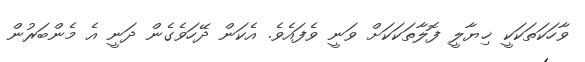
ވާހަކަތަކަކީ ޚިޔާލީ ފޮލާތަކަކަށް ވަނީ ވެފައެވެ. އެކަން ދޭހަވެގެން ދަނީ އެ މެންބަރުން